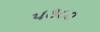
૫૩૮૦